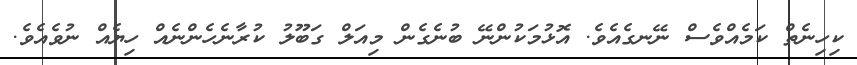
ކިހިނެތް ކަމެއްވެސް ނޭނގެއެވެ. އޮޅުމަކުންނޭ ބުނެގެން މިއަލް ގަބޫލު ކުރާނެހެންނެއް ހިޔެއް ނުވެއެވެ.